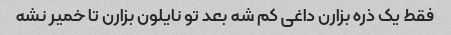
فقط یک ذره بزارن داغی کم شه بعد تو نایلون بزارن تا خمیر نشه